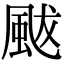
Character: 颰